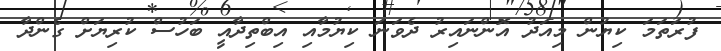
ފުރަތަމަ ކިޔުން މިއަދު އޮންނައިރު ދެވަނަ ކިޔުމާއި އިބްތިދާއީ ބަހުސް ކުރިޔަށް ގެންދާ